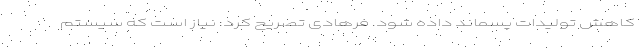
کاهش تولیدات پسماند داده شود. فرهادی تصریح کرد: نیاز است که سیستم